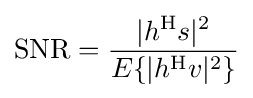
\mathrm {SNR} ={\frac {|h^{\mathrm {H} }s|^{2}}{E\{|h^{\mathrm {H} }v|^{2}\}}}